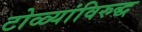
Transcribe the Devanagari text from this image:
टोळ्यांविरुद्ध